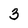
Character: 3